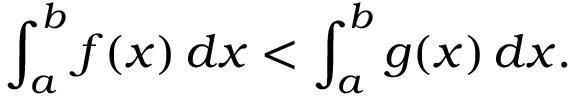
\int _ { a } ^ { b } f ( x ) \, d x < \int _ { a } ^ { b } g ( x ) \, d x .